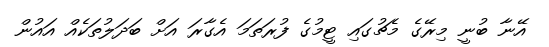
އޭނާ ބުނީ މިރޭގެ މެޗުގައި ޓީމުގެ ފުރަތަމަ އެގާރަ އަށް ބަދަލުތަކެއް އައުން